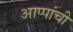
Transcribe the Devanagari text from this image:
आप्पांची